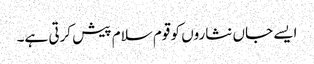
ایسے جاں نثاروں کو قوم سلام پیش کرتی ہے۔